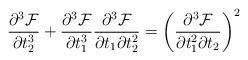
LaTeX: \begin{align*} \frac{\partial ^3 \mathcal{F}}{\partial t_2^3} + \frac{\partial^3 \mathcal{F}}{\partial t_1^3} \frac{\partial^3 \mathcal{F}}{\partial t_1 \partial t_2^2} = \left( \frac{\partial ^3 \mathcal{F}}{\partial t_1^2 \partial t_2} \right)^2 \end{align*}